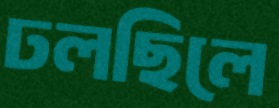
ঢলছিলে